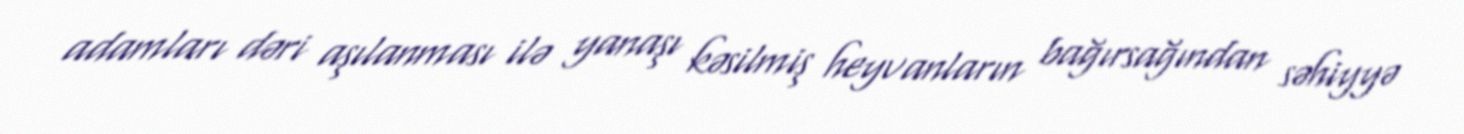
adamları dəri aşılanması ilə yanaşı kəsilmiş heyvanların bağırsağından səhiyyə